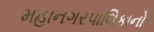
મહાનગરપાલિકાનો